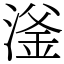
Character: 滏